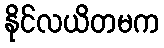
နိုင်လယိတမက